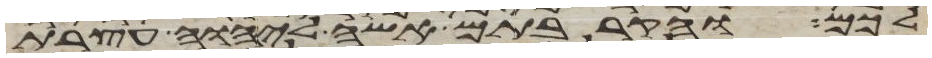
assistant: לכם והקרבתם אשה ליהוה עצרת